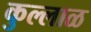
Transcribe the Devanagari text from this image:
कुल्लाळ